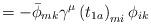
LaTeX: \begin{align*}\qquad\qquad\qquad\qquad\qquad\qquad\qquad\qquad\qquad=-\bar{\phi}_{mk}\gamma^\mu\left(t_{1a}\right)_{mi}\phi_{ik}\end{align*}